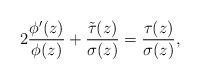
LaTeX: \begin{align*} 2 \frac{\phi'(z)}{\phi(z)} + \frac{\tilde{\tau}(z)}{\sigma(z)} = \frac{\tau(z)}{\sigma(z)}, \end{align*}